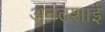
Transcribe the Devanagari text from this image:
अनंतशाई